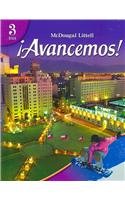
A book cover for ?Avancemos!: Student Edition Level 3 2007 (Spanish Edition); MCDOUGAL LITTEL; Teen & Young Adult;